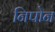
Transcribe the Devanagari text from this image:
निपोन